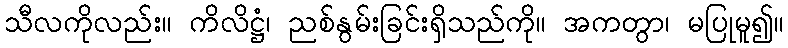
သီလကိုလည်း။ ကိလိဋ္ဌံ၊ ညစ်နွမ်းခြင်းရှိသည်ကို။ အကတွာ၊ မပြုမူ၍။